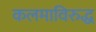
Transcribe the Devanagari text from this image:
कलमाविरुद्ध